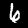
Digit: 6